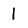
Character: 1